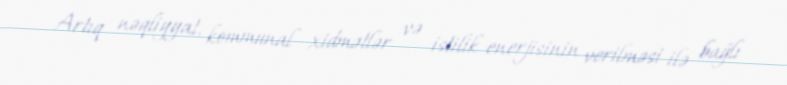
Artıq nəqliyyat, kommunal xidmətlər və istilik enerjisinin verilməsi ilə bağlı